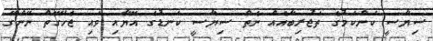
ސިޔާސީ ކަންކަމުގެ ތަޖުރިބާއެއް ނެތް ސިޔާސީ ކަނޑުގެ އޮޔާއި ވައި ޖެހޭގޮތް ނޭންގޭ